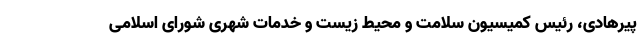
پیرهادی، رئیس کمیسیون سلامت و محیط زیست و خدمات شهری شورای اسلامی